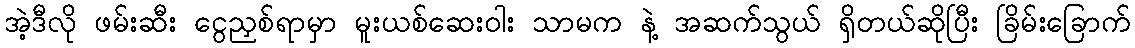
အဲ့ဒီလို ဖမ်းဆီး ငွေညှစ်ရာမှာ မူးယစ်ဆေးဝါး သာမက နဲ့ အဆက်သွယ် ရှိတယ်ဆိုပြီး ခြိမ်းခြောက်